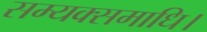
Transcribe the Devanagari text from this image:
सम्यक्समाधि।